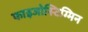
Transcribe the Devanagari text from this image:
फाइजोस्टिग्मिन